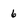
Character: 6